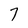
Character: 7